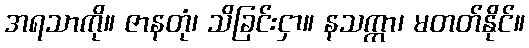
အရသာကို။ ဇာနတုံ၊ သိခြင်းငှာ။ နသက္ကာ၊ မတတ်နိုင်။